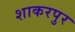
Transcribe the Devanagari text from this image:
शाकरपुर